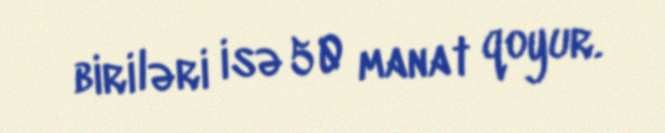
biriləri isə 50 manat qoyur.